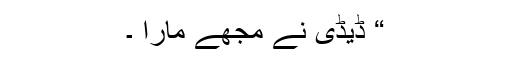
“ ڈیڈی نے مجھے مارا ۔